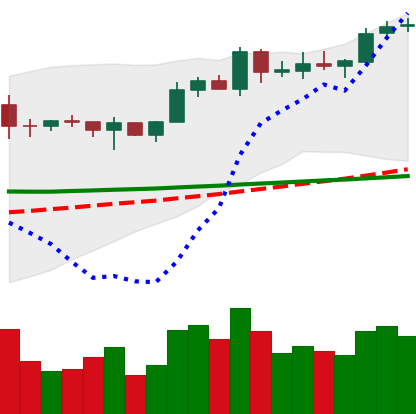
Ticker: EOS-USD
Chart end date: 2020-02-07
Forward return: 16.308%
Label: up_7plus